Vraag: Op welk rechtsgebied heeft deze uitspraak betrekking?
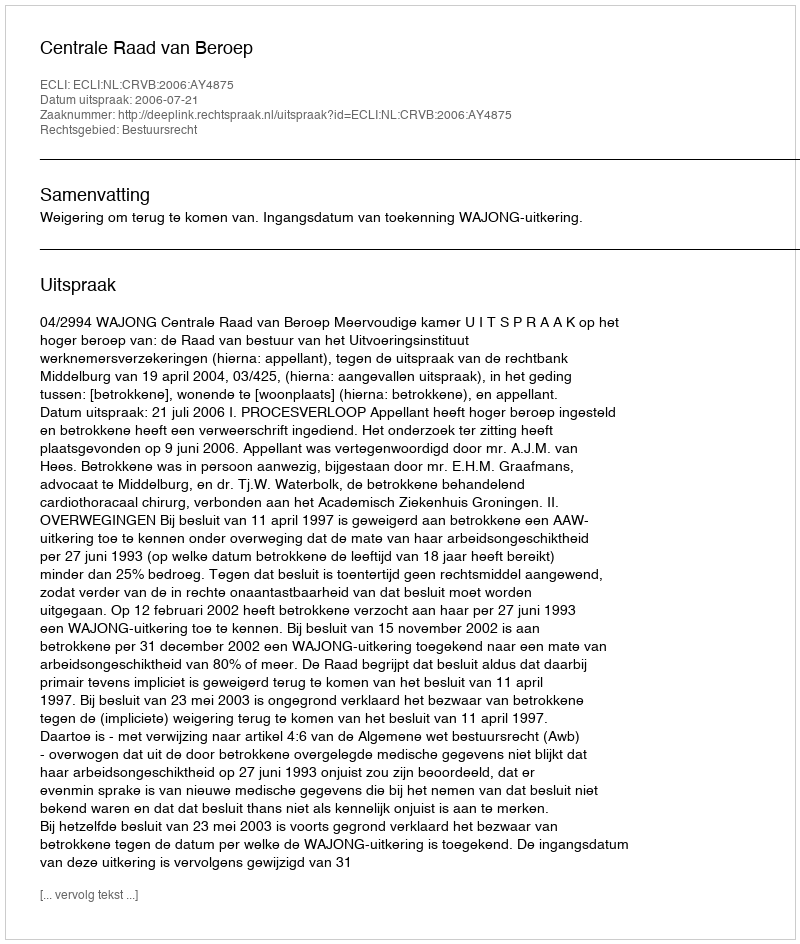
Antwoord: Bestuursrecht